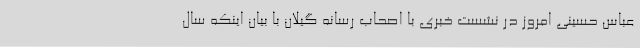
عباس حسینی امروز در نشست خبری با اصحاب رسانه گیلان با بیان اینکه سال